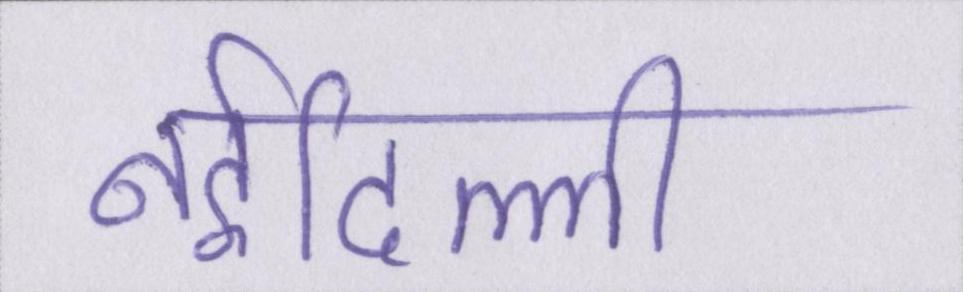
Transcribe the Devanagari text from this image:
नईदिल्ली